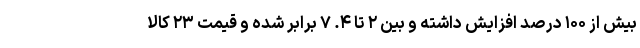
بیش از ۱۰۰ درصد افزایش داشته و بین ۲ تا ۴. ۷ برابر شده و قیمت ۲۳ کالا